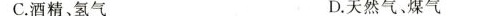
C.酒精、氢气 D.天然气、煤气